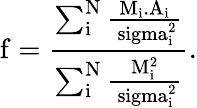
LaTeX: \mathrm{f=\frac{\sum_{i}^{N}\frac{M_{i}.A_{i}}{\ sigma_{i}^{2}}}{\sum_{i}^{N}{\frac{M_{i}^{2}}{\ sigma_{i}^{2}}}}}.